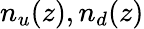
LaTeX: n_{u}(z),n_{d}(z)